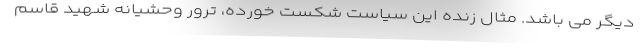
دیگر می باشد. مثال زنده این سیاست شکست خورده، ترور وحشیانه شهید قاسم